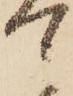
て